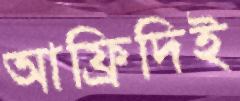
আফ্রিদিই